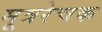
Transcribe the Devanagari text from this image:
मूत्ररेचक